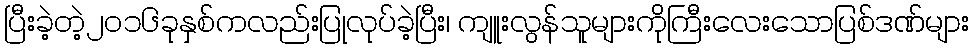
ပြီးခဲ့တဲ့၂၀၁၆ခုနှစ်ကလည်းပြုလုပ်ခဲ့ပြီး၊ ကျူးလွန်သူများကိုကြီးလေးသောပြစ်ဒဏ်များ